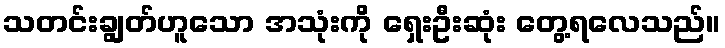
သတင်းချွတ်ဟူသော အသုံးကို ရှေးဦးဆုံး တွေ့ရလေသည်။